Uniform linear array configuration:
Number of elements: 24
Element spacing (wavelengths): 0.75
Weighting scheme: kaiser
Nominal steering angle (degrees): -45
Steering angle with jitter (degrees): -45.8
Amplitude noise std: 0.05
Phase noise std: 0.05

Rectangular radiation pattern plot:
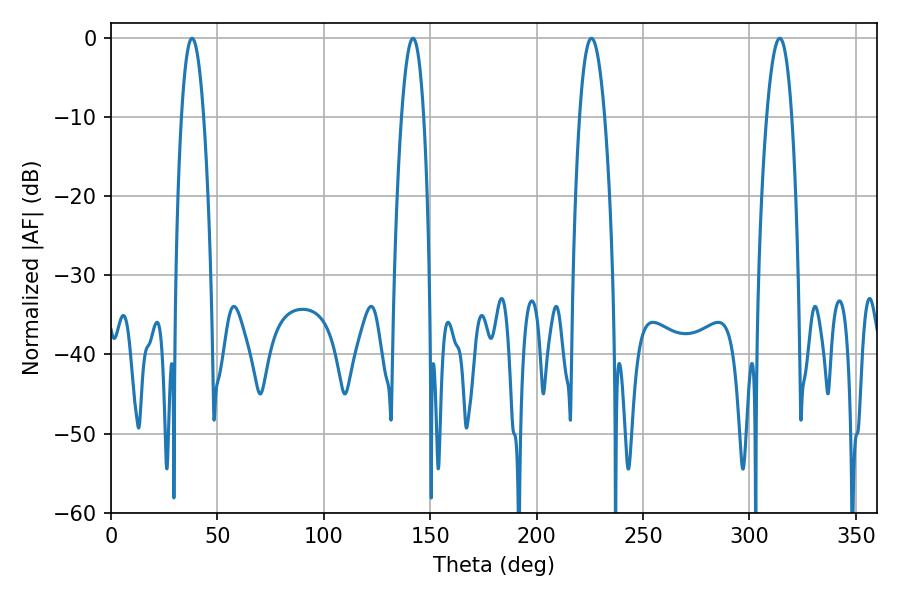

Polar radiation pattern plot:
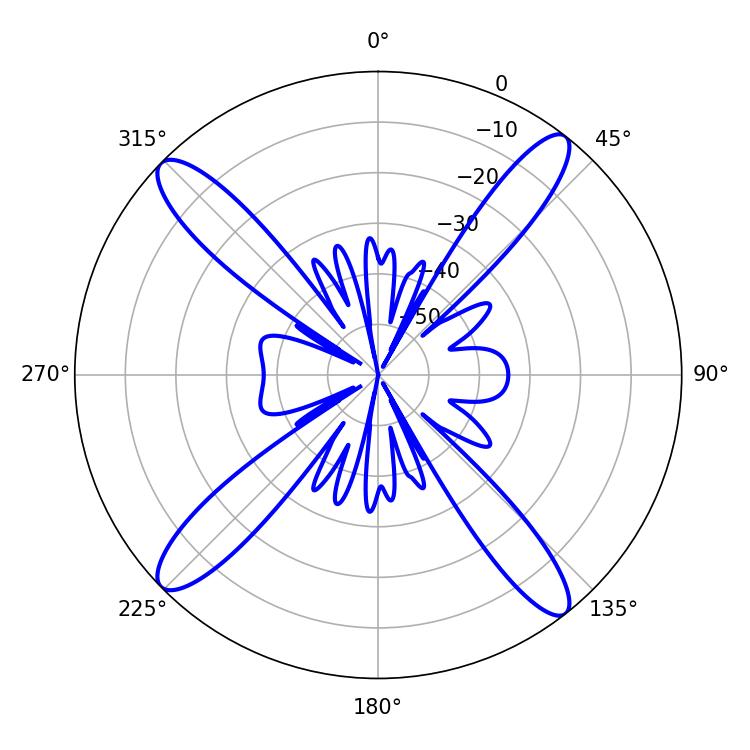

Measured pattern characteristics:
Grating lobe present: TRUE
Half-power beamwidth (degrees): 6.48
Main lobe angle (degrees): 314.28